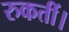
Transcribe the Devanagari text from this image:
रुकतीं।